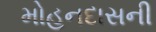
મોહનદાસની